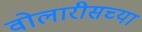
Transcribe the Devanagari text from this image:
वोलारीसच्या